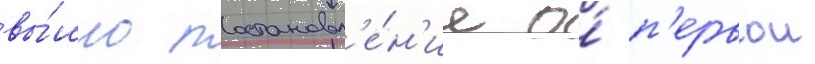
вы́шло постановл'е́н'ие о́ п'ервои